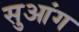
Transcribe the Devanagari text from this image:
सुआंग